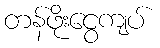
တန်ဖိုးငွေကျပ်